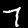
Digit: 7